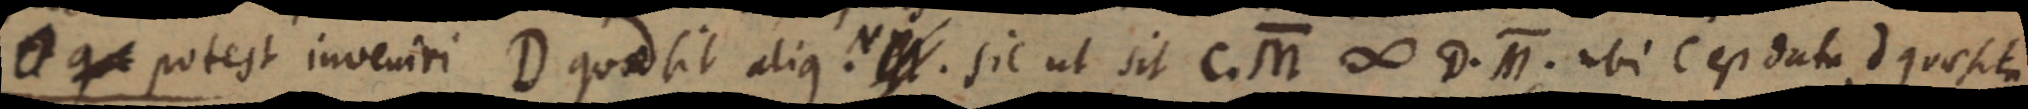
q potest inveniri D quod sit aliq. N . sic ut sit C. M ∞ D. M. ubi C est data d quaesita